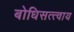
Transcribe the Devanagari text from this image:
बोधिसत्त्वाय